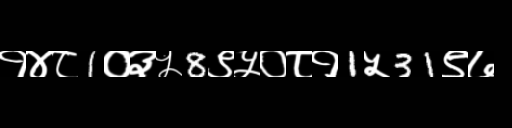
Text: १४८1०३५8९५०८१1५31९७